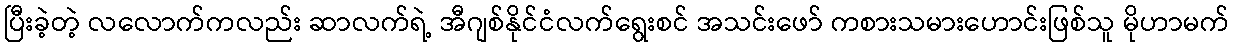
ပြီးခဲ့တဲ့ လလောက်ကလည်း ဆာလက်ရဲ့ အီဂျစ်နိုင်ငံလက်ရွေးစင် အသင်းဖော် ကစားသမားဟောင်းဖြစ်သူ မိုဟာမက်